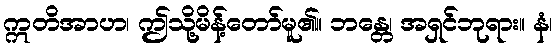
ဣတိအာဟ၊ ဤသို့မိန့်တော်မူ၏။ ဘန္တေ၊ အရှင်ဘုရား။ နံ၊